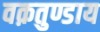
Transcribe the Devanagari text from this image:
वक़तुण्डाय